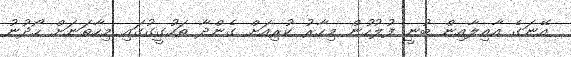
އޭނަގެ އާއިލާއިން ބުނީ ފުލުހުން މިހާރު ކުރިއަށް ގެންދާ ތަހުގީގުގައި މިހާތަނަށް ހޯދުނު